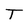
Character: T